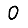
Digit: 0